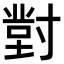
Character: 𭔾